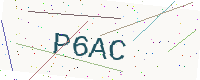
Text: P6AC